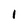
Character: 1